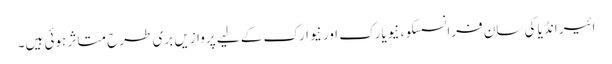
ائیر انڈیا کی سان فرانسسکو، نیویارک اور نیوارک کے لیے پروازیں بری طرح متاثر ہوئی ہیں۔